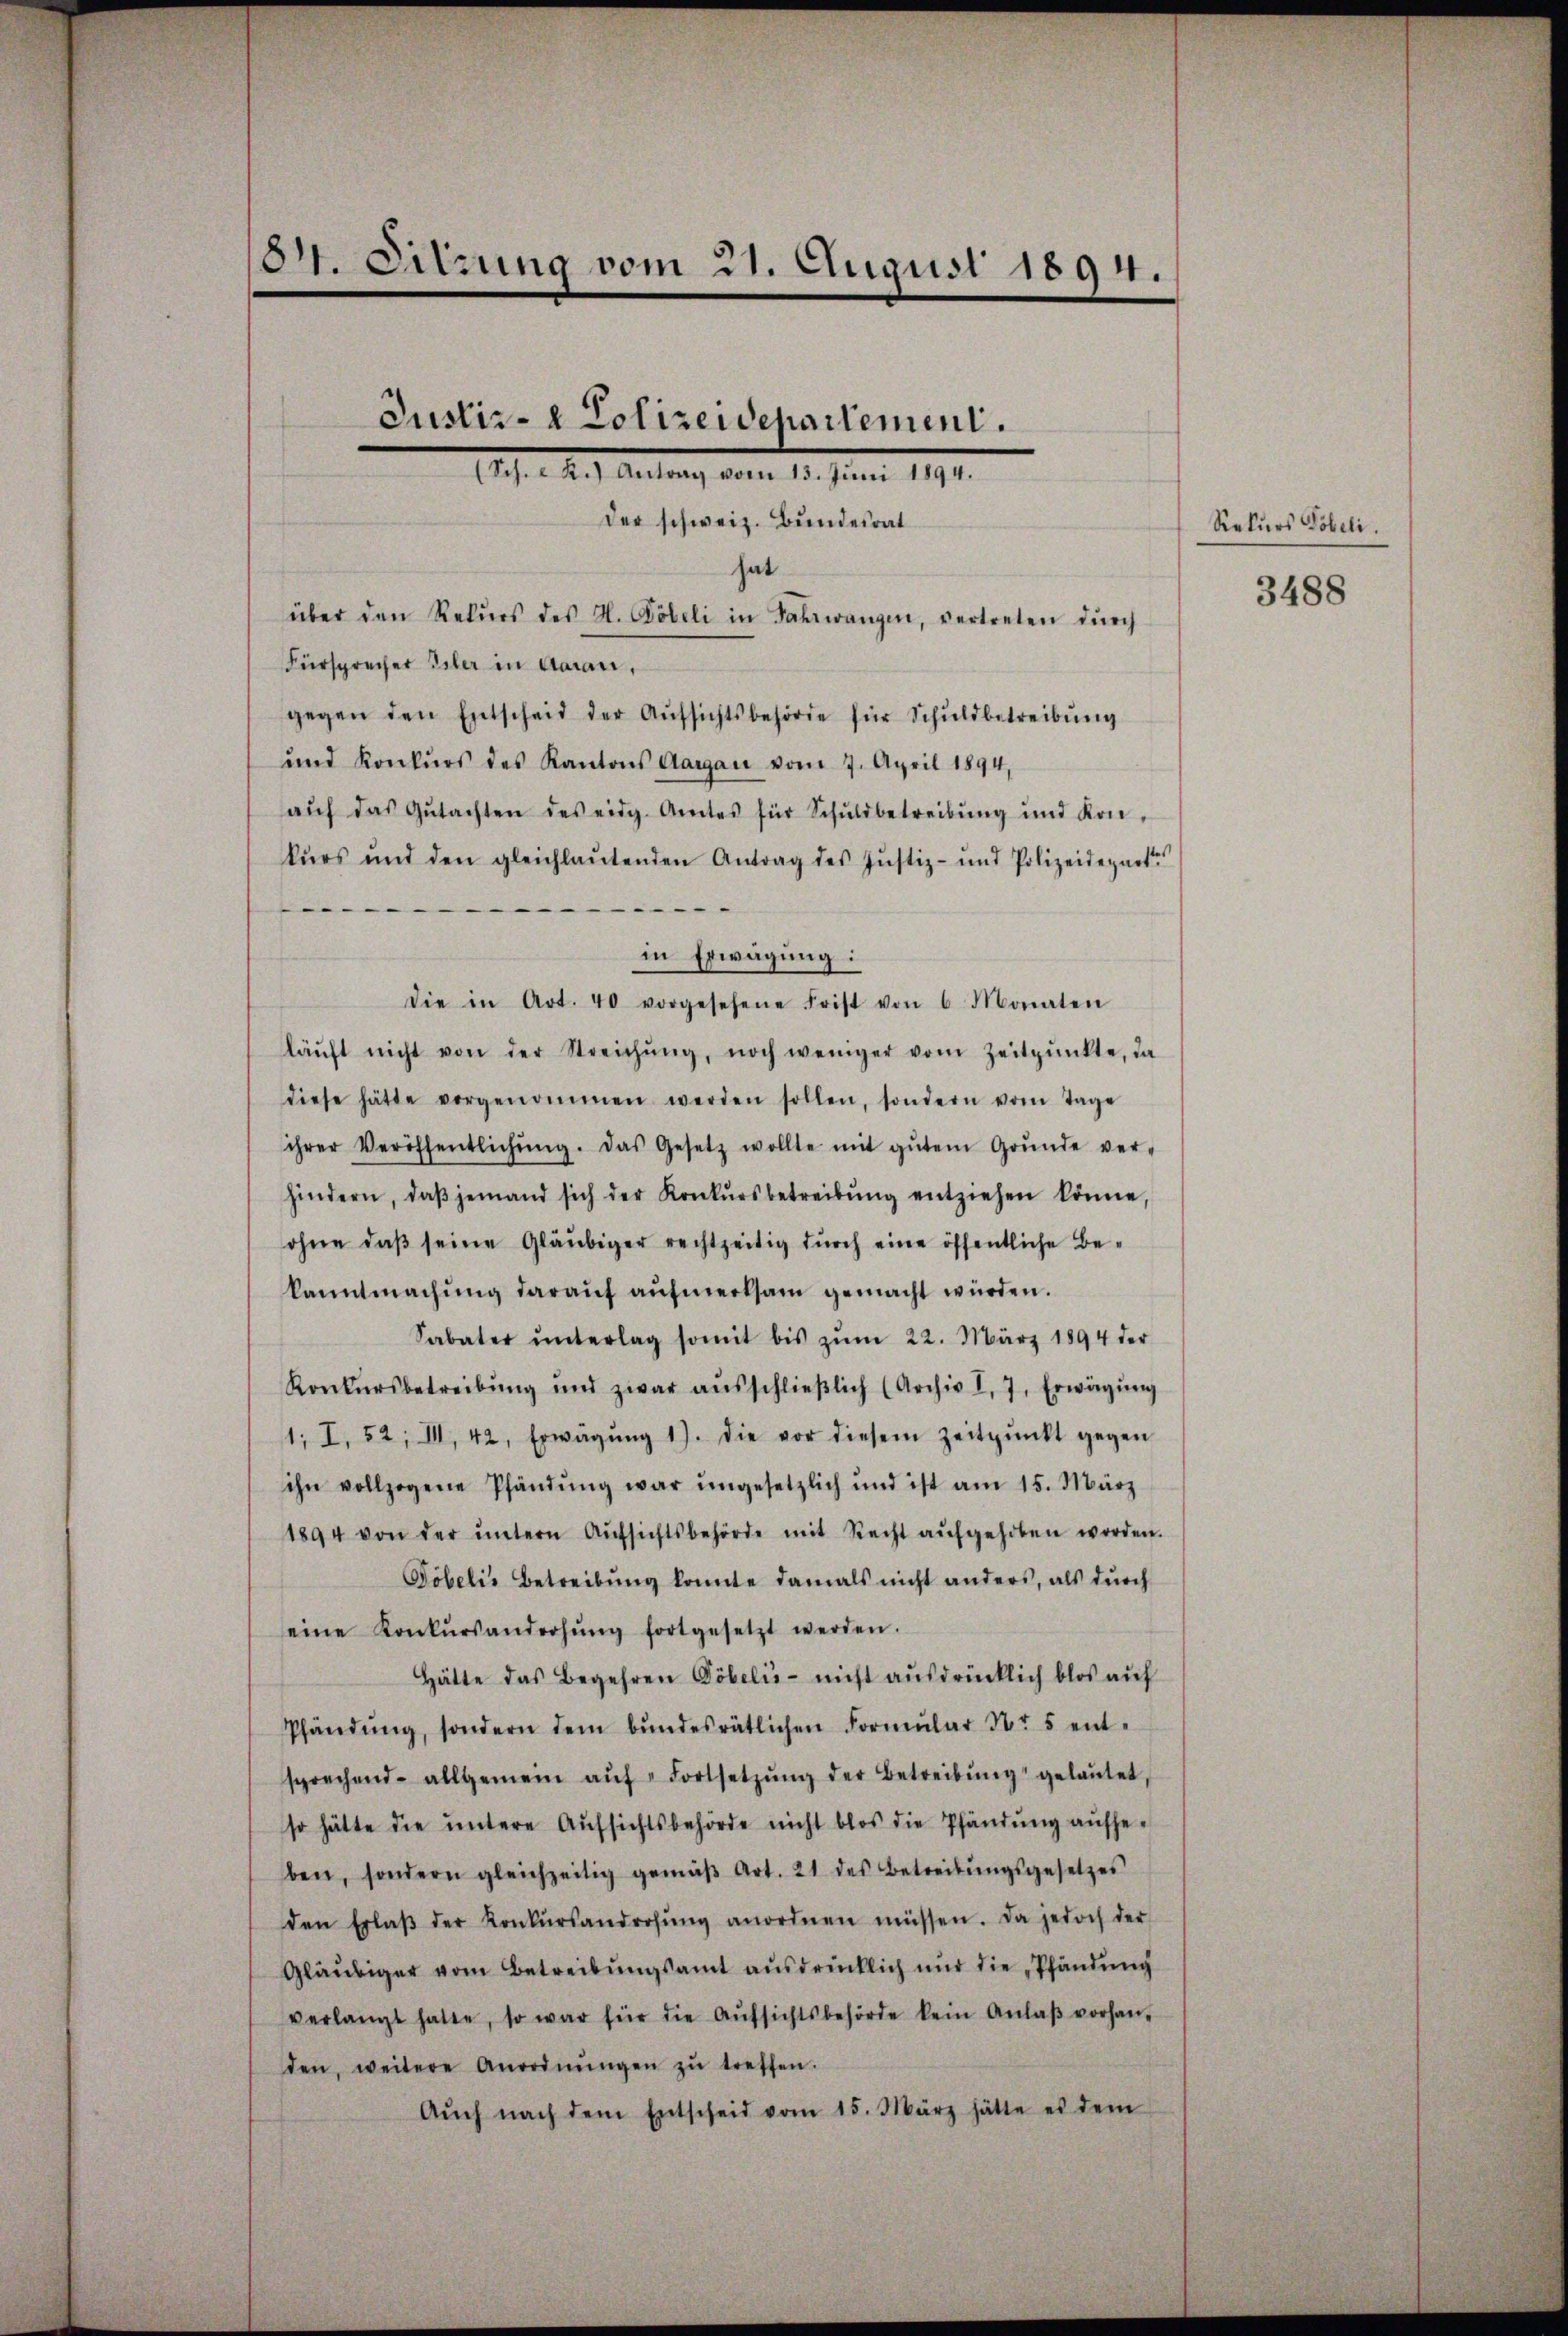
184. Sitzung vom 21. August 1894.

Justiz- & Polizeidepartement.
17. A. Teilung vom 12. Juni 191.

der schweiz. Bundesrat
hat
über den Rekŭrs des H. Döbeli in Fahrwangen, vertreten dŭrch
Fürsprecher Isler in Aarau,
gegen den Entscheid der Aŭfsichtsbehörde für Schuldbetreibung
und Konkŭrs des Kantons Aargau vom 7. April 1894,
aŭf das Gŭtachten des eidg. Amtes für Schŭldbetreibŭng und Kon-
kŭrs und den gleichlaŭtenden Antrag des Jŭstiz- und Polizeidepart
in Erwägung:
die in Art. 40 vorgesehene Frist von 6 Monaten
käŭft nicht von der Streichŭng, noch weniger vom Zeitpŭnkte, da
diese hätte vorgenommen werden sollen, sondern vom Tage
ihrer Veröffentlichŭng. Das Gesetz wollte mit gŭtem Grŭnde ver-
hindern, daβ jemand sich der Konkŭrsbetreibŭng entziehen könne,
ohne daβ seine Gläubiger rechtzeitig durch eine öffentliche Bekanntmachŭng daraŭf aŭfmerksam gemacht würden.
Sabater ŭnterlag somit bis zŭm 22. März 1894 der
Konkursbetreibŭng und zwar aŭsschlieβlich (Archiv I, 7. Erwägŭng
1; I. 52, III, 42, Erwägŭng 1). Die vor diesem Zeitpunkt gegen
ihn vollzogene Pfändung war ŭngesetzlich und ist am 15. März
1894 von der ŭntern Aŭfsichtsbehörde mit Recht aŭfgehoben worden.
Töbelis Betreibŭng konnte damals nicht anders, als dŭrch
eine Konkŭrsandrohŭng fortgesetzt werden.
Hätte das Begehren Pöbelis - nicht ausdrücklich blos auf
Pfändŭng, sondern dem bŭndesrätlichen Formŭlar Nr 5 ent-
sprechend allgemein aŭf " Fortsetzŭng der Betreibŭng gelaŭtet,
so hätte die untere Aufsichtsbehörde nicht blos die Pfändung aufheben, sondern gleichzeitig gemäβ Art. 21 des Betreibŭngsgesetzes
den Erlaβ der Konkŭrsandrohŭng anordnen müssen. Da jedoch der
Gläubiger vom Betreibungsamt ausdrücklich nur die „Pfändung
verlangt hatte, so war für die Aŭfsichtsbehörde kein Anlaβ vorhan-
den, weitere Anordnŭngen zŭ treffen.
Aŭch nach dem Entscheid vom 15. März hätte es dem

Rekurs Pöbeli.

3488